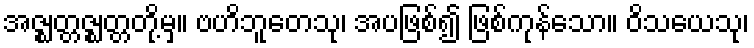
အဇ္ဈတ္တဇ္ဈတ္တတို့မှ။ ဗဟိဘူတေသု၊ အပဖြစ်၍ ဖြစ်ကုန်သော။ ဝိသယေသု၊